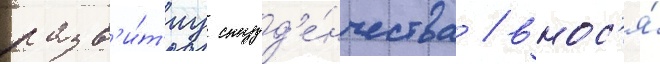
разв'и́т'иу студ'е́нчества / внос'я́